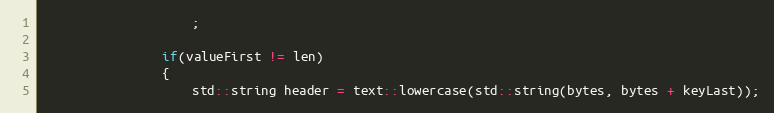
Language: C++
					;

				if(valueFirst != len)
				{
					std::string header = text::lowercase(std::string(bytes, bytes + keyLast));